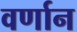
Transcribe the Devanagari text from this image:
वर्णान